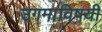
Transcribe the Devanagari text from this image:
उगमाविषयी